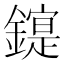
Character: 𰽋